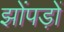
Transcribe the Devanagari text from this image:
झोंपड़ों